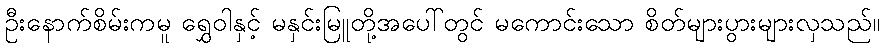
ဦးနောက်စိမ်းကမူ ရွှေဝါနှင့် မနှင်းမြူတို့အပေါ်တွင် မကောင်းသော စိတ်များပွားများလှသည်။